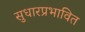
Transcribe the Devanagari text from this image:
सुधारप्रभावित